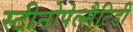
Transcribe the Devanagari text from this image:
स्टीनोपेल्मैटिडी